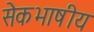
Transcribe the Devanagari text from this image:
सेेकभाषीय